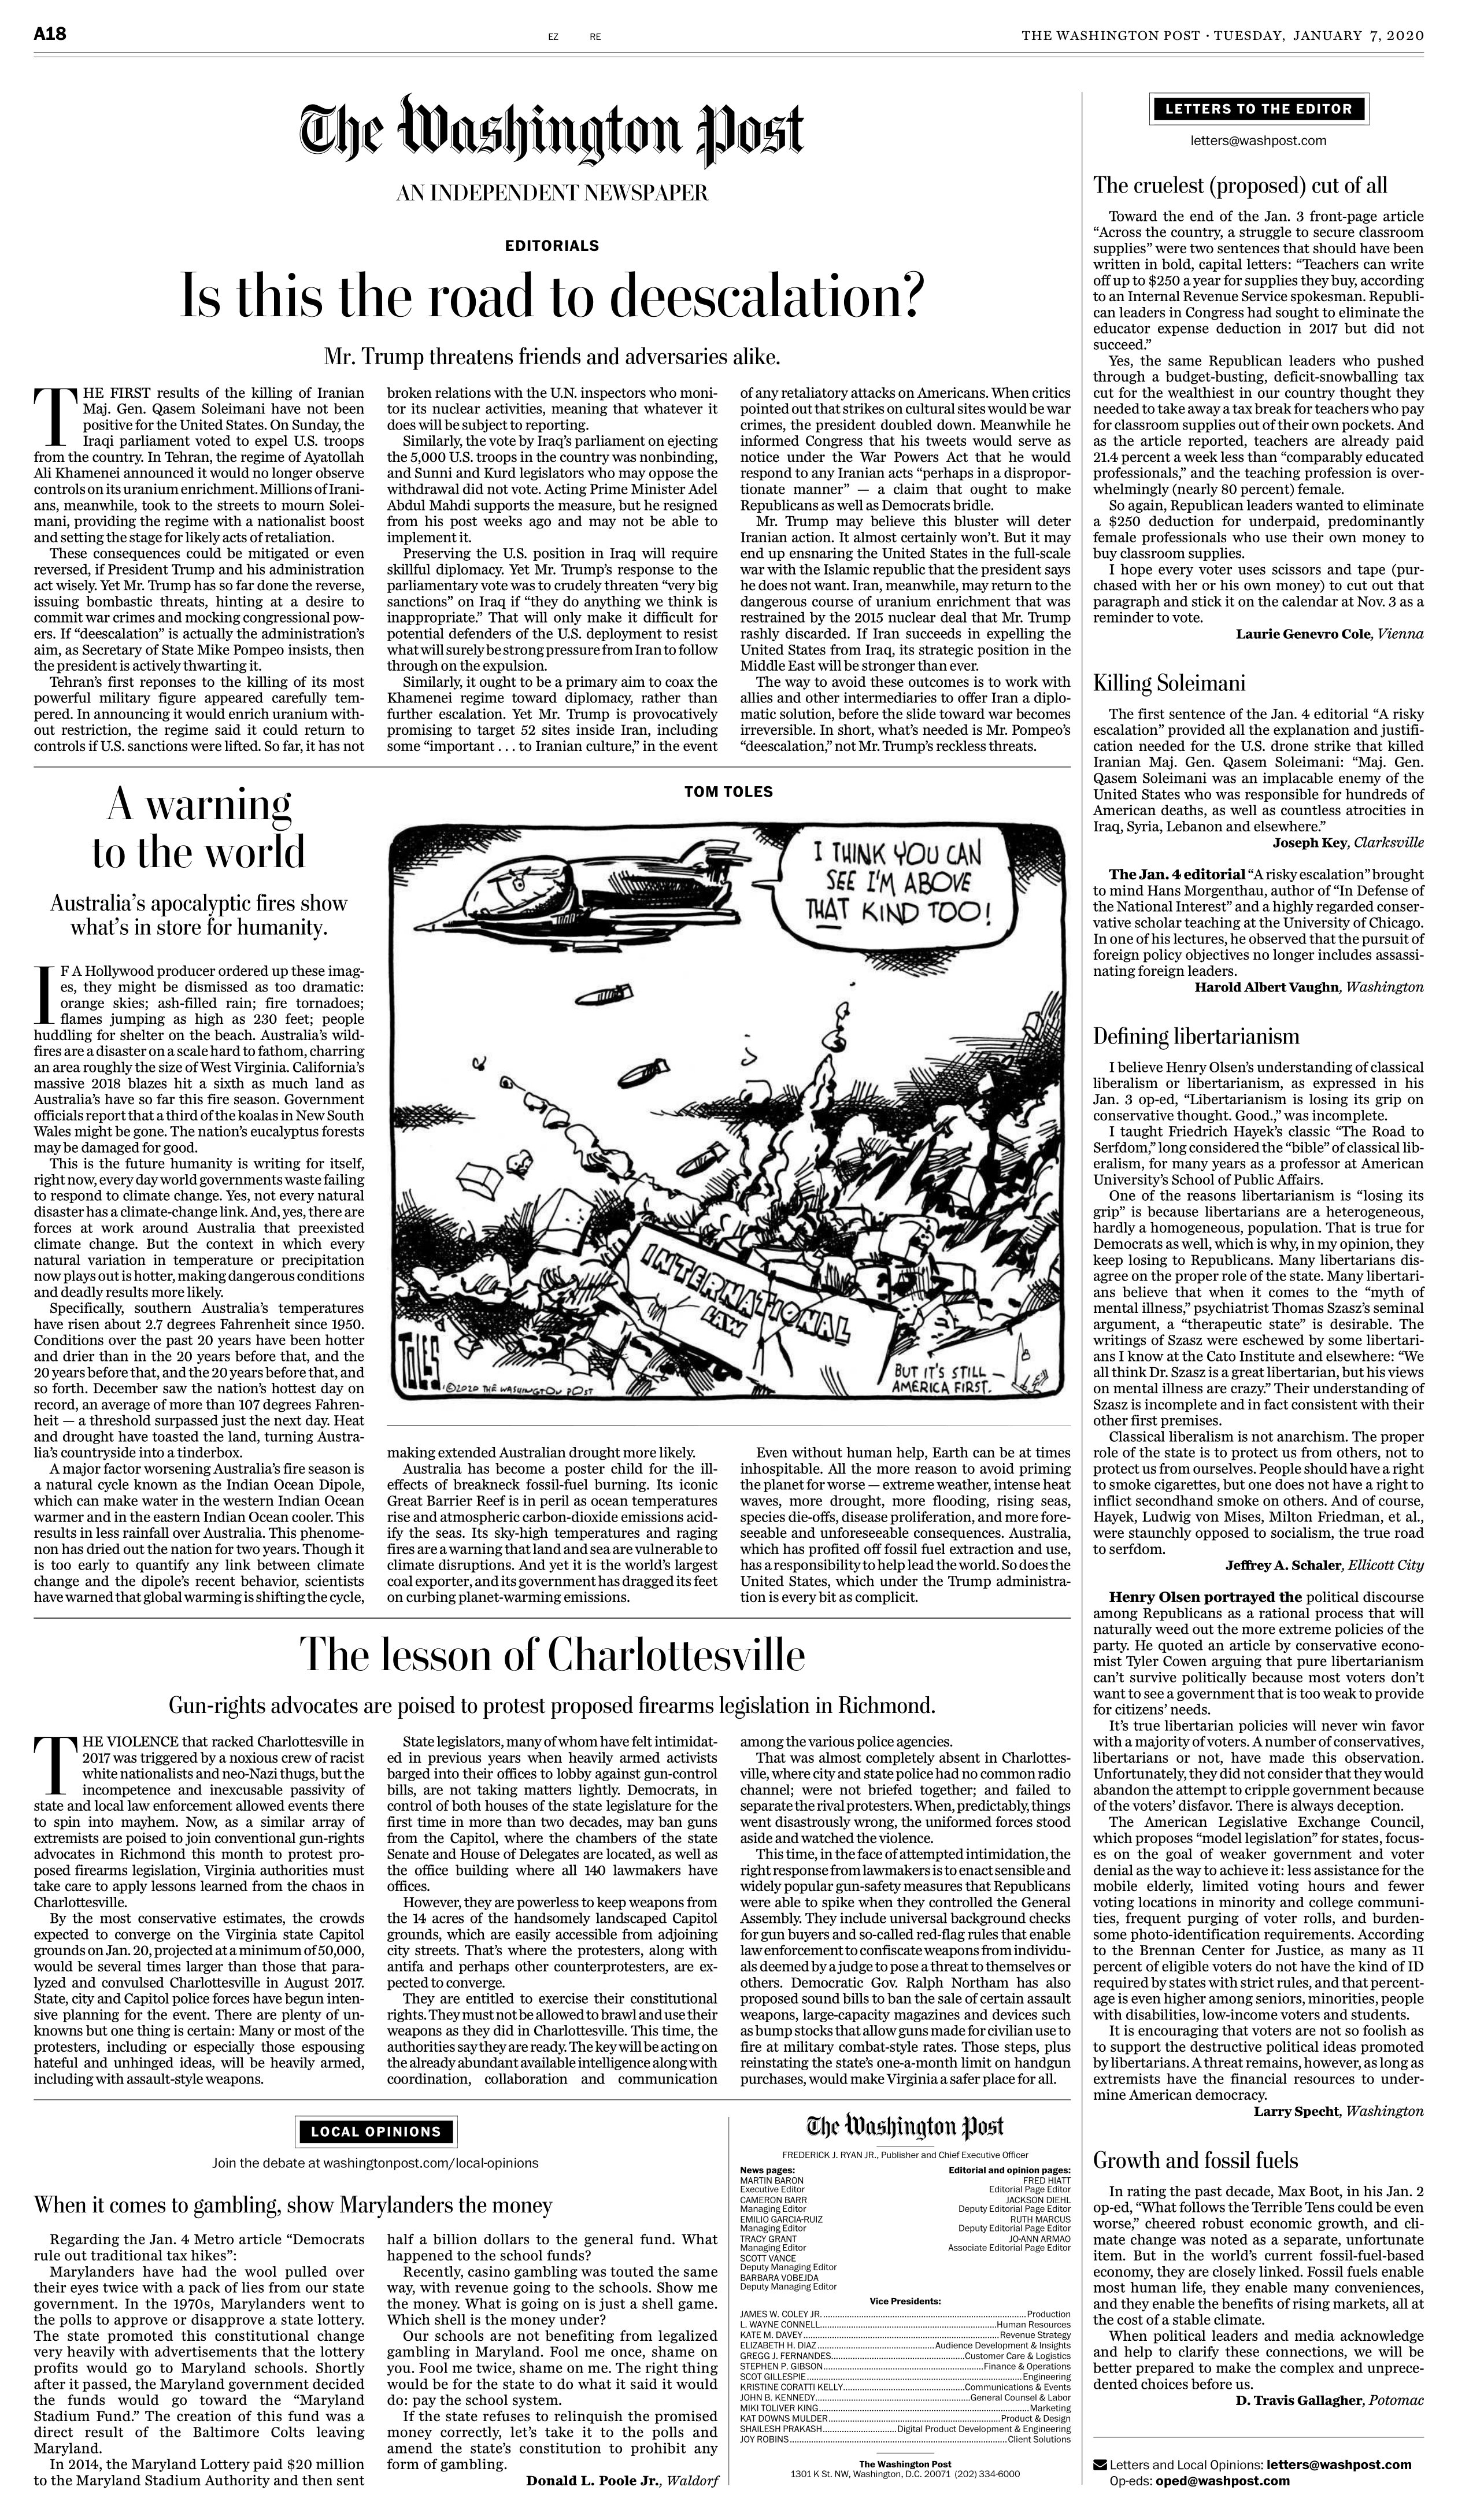
Language: en